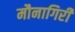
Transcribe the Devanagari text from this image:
मौनागिरी